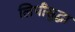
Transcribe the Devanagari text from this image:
लिपीसुद्धा